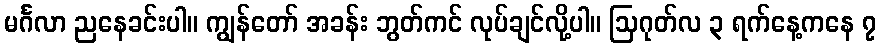
မင်္ဂလာ ညနေခင်းပါ။ ကျွန်တော် အခန်း ဘွတ်ကင် လုပ်ချင်လို့ပါ။ ဩဂုတ်လ ၃ ရက်နေ့ကနေ ၇